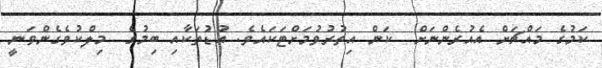
ކަމުގެ މައްޗަށް އެއުރެންނަށް  ކަން އިތުރުވުމަށްޓަކައެވެ. އުޑުތަކާއި ބިމުގެ  މިލްކުވެގެންވަނީ